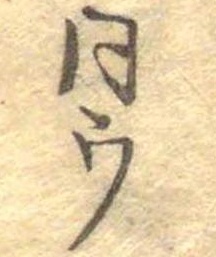
同ウ